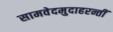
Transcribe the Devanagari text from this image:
सामवेदमुदाहरन्तीं